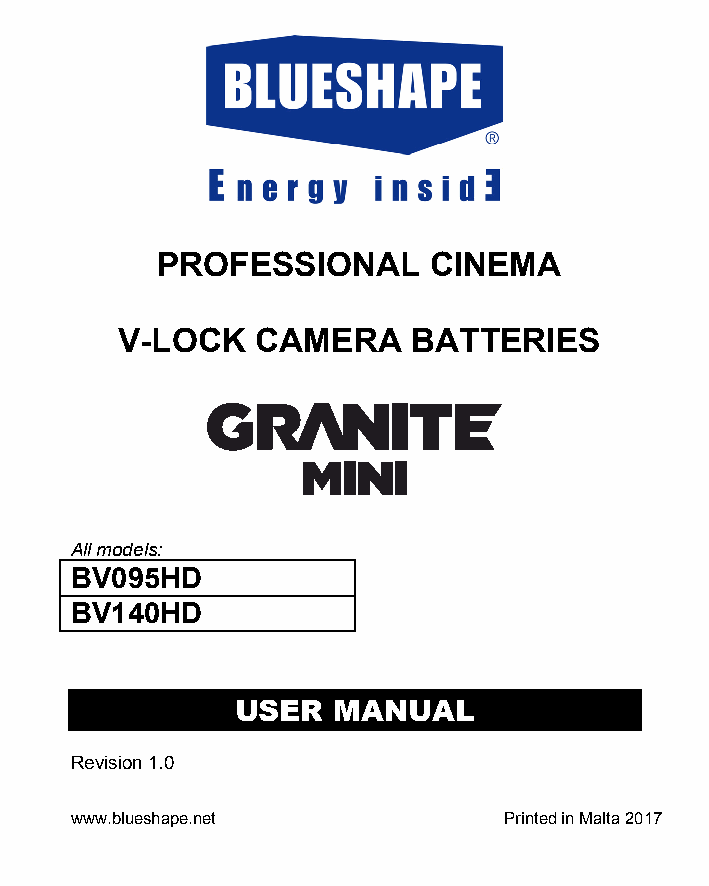
PROFESSIONAL      CINEMA
 V-LOCK   CAMERA    BATTERIES
 All models:
 BV095HD
 BV140HD
 USER  MANUAL
 Revision 1.0
 www.blueshape.net           Printed in Malta 2017